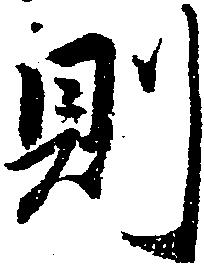
則